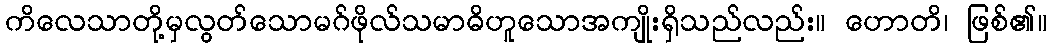
ကိလေသာတို့မှလွတ်သောမဂ်ဖိုလ်သမာဓိဟူသောအကျိုးရှိသည်လည်း။ ဟောတိ၊ ဖြစ်၏။